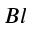
B l